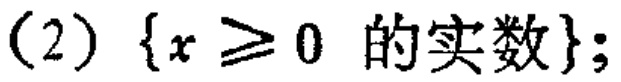
$\{x\geqslant 0 \text{ 的实数}\}$